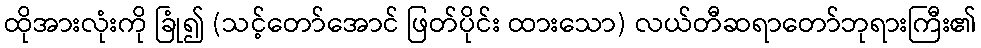
ထိုအားလုံးကို ခြုံ၍ (သင့်တော်အောင် ဖြတ်ပိုင်း ထားသော) လယ်တီဆရာတော်ဘုရားကြီး၏